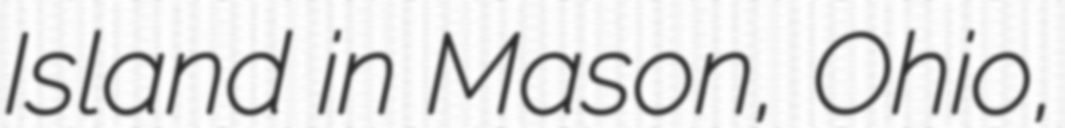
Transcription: Island in Mason, Ohio,